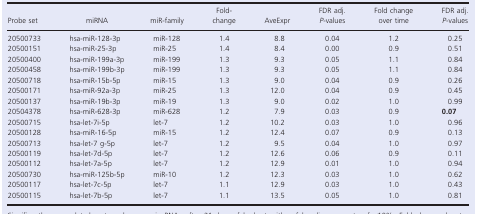
<table><thead><tr><td><b>Probe set</b></td><td><b>miRNA</b></td><td><b>miR‐family</b></td><td><b>Fold‐change</b></td><td><b>AveExpr</b></td><td><b>FDR adj. <i>P‐</i>values</b></td><td><b>Fold change over time</b></td><td><b>FDR adj. <i>P</i>‐values</b></td></tr></thead><tbody><tr><td>20500733</td><td>hsa‐miR‐128‐3p</td><td>miR‐128</td><td>1.4</td><td>8.8</td><td>0.04</td><td>1.2</td><td>0.25</td></tr><tr><td>20500151</td><td>hsa‐miR‐25‐3p</td><td>miR‐25</td><td>1.4</td><td>8.4</td><td>0.00</td><td>0.9</td><td>0.51</td></tr><tr><td>20500400</td><td>hsa‐miR‐199a‐3p</td><td>miR‐199</td><td>1.3</td><td>9.3</td><td>0.05</td><td>1.1</td><td>0.84</td></tr><tr><td>20500458</td><td>hsa‐miR‐199b‐3p</td><td>miR‐199</td><td>1.3</td><td>9.3</td><td>0.05</td><td>1.1</td><td>0.84</td></tr><tr><td>20500718</td><td>hsa‐miR‐15b‐5p</td><td>miR‐15</td><td>1.3</td><td>9.0</td><td>0.04</td><td>0.9</td><td>0.26</td></tr><tr><td>20500171</td><td>hsa‐miR‐92a‐3p</td><td>miR‐25</td><td>1.3</td><td>12.0</td><td>0.04</td><td>0.9</td><td>0.45</td></tr><tr><td>20500137</td><td>hsa‐miR‐19b‐3p</td><td>miR‐19</td><td>1.3</td><td>9.0</td><td>0.02</td><td>1.0</td><td>0.99</td></tr><tr><td>20504378</td><td>hsa‐miR‐628‐3p</td><td>miR‐628</td><td>1.2</td><td>7.9</td><td>0.03</td><td>0.9</td><td><b>0.07</b></td></tr><tr><td>20500715</td><td>hsa‐let‐7i‐5p</td><td>let‐7</td><td>1.2</td><td>10.2</td><td>0.03</td><td>1.0</td><td>0.96</td></tr><tr><td>20500128</td><td>hsa‐miR‐16‐5p</td><td>miR‐15</td><td>1.2</td><td>12.4</td><td>0.07</td><td>0.9</td><td>0.13</td></tr><tr><td>20500713</td><td>hsa‐let‐7 g‐5p</td><td>let‐7</td><td>1.2</td><td>9.5</td><td>0.04</td><td>1.0</td><td>0.97</td></tr><tr><td>20500119</td><td>hsa‐let‐7d‐5p</td><td>let‐7</td><td>1.2</td><td>12.6</td><td>0.06</td><td>0.9</td><td>0.11</td></tr><tr><td>20500112</td><td>hsa‐let‐7a‐5p</td><td>let‐7</td><td>1.2</td><td>12.9</td><td>0.01</td><td>1.0</td><td>0.94</td></tr><tr><td>20500730</td><td>hsa‐miR‐125b‐5p</td><td>miR‐10</td><td>1.2</td><td>12.3</td><td>0.03</td><td>1.0</td><td>0.62</td></tr><tr><td>20500117</td><td>hsa‐let‐7c‐5p</td><td>let‐7</td><td>1.1</td><td>12.9</td><td>0.03</td><td>1.0</td><td>0.43</td></tr><tr><td>20500115</td><td>hsa‐let‐7b‐5p</td><td>let‐7</td><td>1.1</td><td>13.5</td><td>0.05</td><td>1.0</td><td>0.81</td></tr></tbody></table>